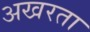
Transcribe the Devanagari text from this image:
अखरता